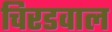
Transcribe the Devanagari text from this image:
चिरडवाल